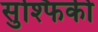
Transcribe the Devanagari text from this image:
सुश्फिकी